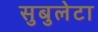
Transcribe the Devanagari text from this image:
सुबुलेटा